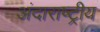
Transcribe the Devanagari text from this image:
अंदाराष्ट्रीय